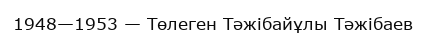
1948—1953 — Төлеген Тәжібайұлы Тәжібаев